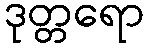
ဒုတ္တရော